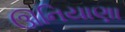
ઊનિયાણા